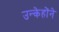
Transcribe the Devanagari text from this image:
उन्केहोंने